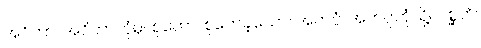
အဝိဟာ၊ အဝိဟာဘုံမှ။ စုတော၊ စုတေခဲ့သော်။ အတပ္ပံ၊ အတပ္ပဘုံသို့။ ဂစ္ဆတိ၊